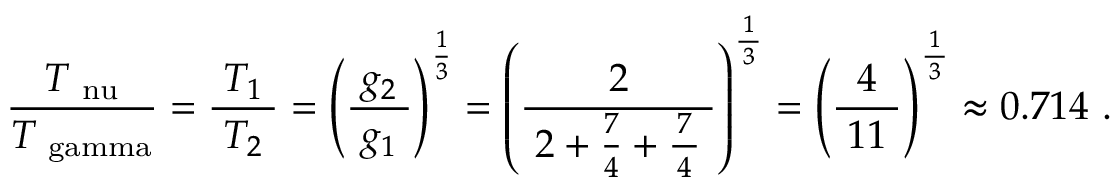
{ \frac { \; T _ { \mathrm { \ n u } } \; } { T _ { \mathrm { \ g a m m a } } } } = { \frac { \; T _ { 1 } \; } { T _ { 2 } } } = \left( { \frac { \; g _ { 2 } \; } { g _ { 1 } } } \right) ^ { \frac { 1 } { 3 } } = \left( { \frac { 2 } { \; 2 + { \frac { 7 } { 4 } } + { \frac { \, 7 \, } { 4 } } \; } } \right) ^ { \frac { \, 1 \, } { 3 } } = \left( { \frac { 4 } { \; 1 1 \; } } \right) ^ { \frac { \, 1 \, } { 3 } } \approx { 0 . 7 1 4 } ~ .